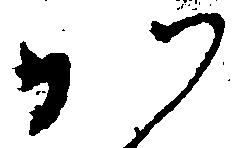
か